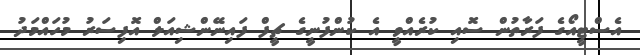
އެސްޓީއޯގެ ފަރާތުން ސޮއި ކުރެއްވީ އެ ކުންފުނީގެ ޗީފް ފައިނޭންޝިއަލް އޮފިސަރު މުހައްމަދު